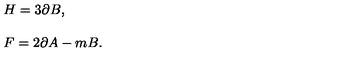
\begin{array} { r c l } { } & { } & { H = 3 \partial B , } \\ { } & { } & { } \\ { } & { } & { F = 2 \partial A - m B . } \\ \end{array}